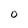
Character: O